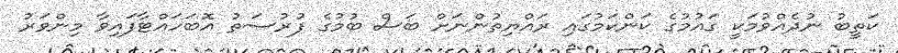
ކަތީބު ނުދެއްވުމަކީ ގައުމުގެ ކަންކަމުގައި ރައްޔިތުންނަށް ބަސް ބުމުގެ ފުރުސަތު އޮބަހައްޓާފައިވާ މިންވަރު